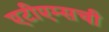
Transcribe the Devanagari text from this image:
एटीएम्सची